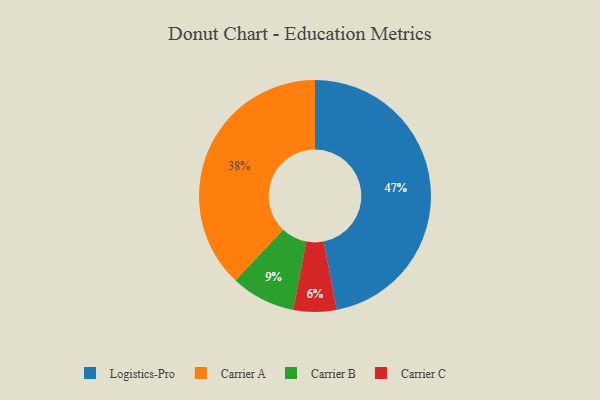
{"axis": {"x": "Category", "y": "Percentage"}, "legend": ["Carrier A", "Carrier B", "Carrier C", "Logistics-Pro"], "data": [{"x": "Carrier C", "y": 6, "type": "Carrier C"}, {"x": "Carrier B", "y": 9, "type": "Carrier B"}, {"x": "Logistics-Pro", "y": 47, "type": "Logistics-Pro"}, {"x": "Carrier A", "y": 38, "type": "Carrier A"}]}